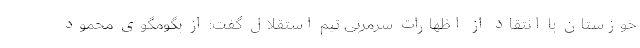
خوزستان با انتقاد از اظهارات سرمربی تیم استقلال گفت: از بگومگوی محمود